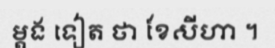
ម្តង ទៀត ថា ខែសីហា ។